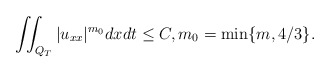
\begin{align*}\iint_{Q_T}|u_{xx}|^{m_0} dxdt\leq C,m_0=\min\{m, 4/3\}.\end{align*}